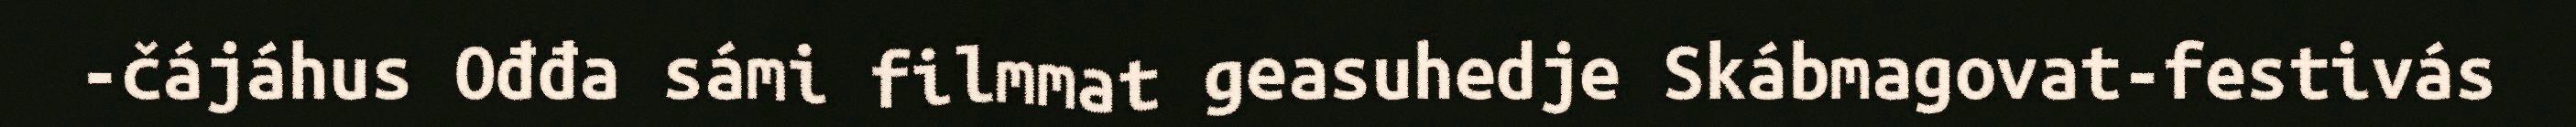
-čájáhus Ođđa sámi filmmat geasuhedje Skábmagovat-festivás